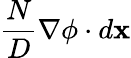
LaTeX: \frac{N}{D}\nabla\phi\cdot d\mathbf{x}